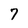
Character: 7